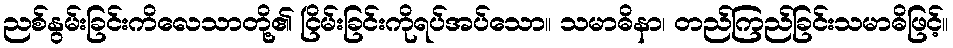
ညစ်နွမ်းခြင်းကိလေသာတို့၏ ငြိမ်းခြင်းကိုရပ်အပ်သော။ သမာဓိနာ၊ တည်ကြည်ခြင်းသမာဓိဖြင့်။